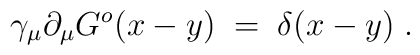
\gamma_\mu \partial_\mu G^o(x-y) \; = \; \delta(x-y) \; .